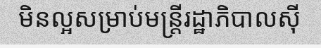
មិនល្អសម្រាប់មន្ត្រីរដ្ឋាភិបាលស៊ី